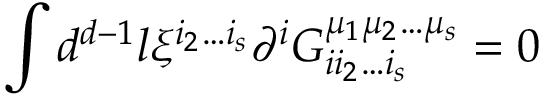
\int d ^ { d - 1 } l \xi ^ { i _ { 2 } \ldots i _ { s } } \partial ^ { i } G _ { i i _ { 2 } \ldots i _ { s } } ^ { \mu _ { 1 } \mu _ { 2 } \ldots \mu _ { s } } = 0